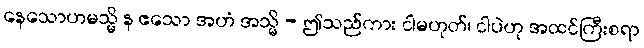
နေသောဟမသ္မိ န ဧသော အဟံ အသ္မိ - ဤသည်ကား ငါမဟုတ်၊ ငါပဲဟု အထင်ကြီးစရာ